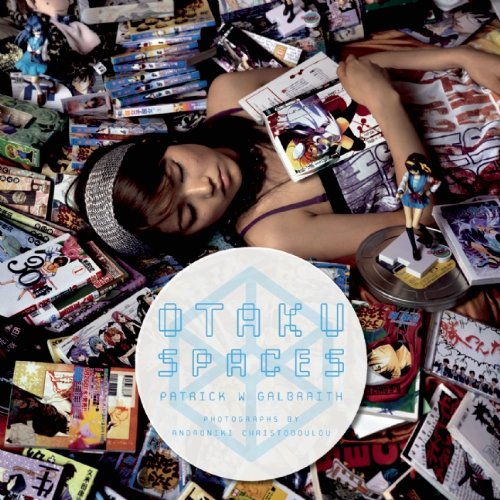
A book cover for Otaku Spaces; Patrick W. Galbraith; Humor & Entertainment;